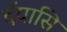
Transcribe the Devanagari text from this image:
दॅग्रासि